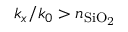
k _ { x } / k _ { 0 } > n _ { \mathrm { S i O _ { 2 } } }